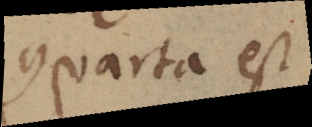
Quarta est